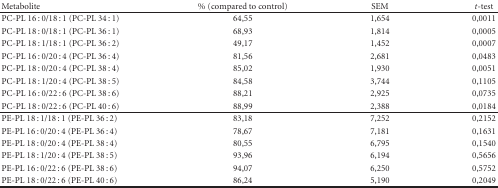
<table><thead><tr><td><b>Metabolite</b></td><td><b>% (compared to control)</b></td><td><b>SEM</b></td><td><b><i>t</i>-test</b></td></tr></thead><tbody><tr><td>PC-PL 16 : 0/18 : 1 (PC-PL 34 : 1)</td><td>64,55</td><td>1,654</td><td>0,0011</td></tr><tr><td>PC-PL 18 : 0/18 : 1 (PC-PL 36 : 1)</td><td>68,93</td><td>1,814</td><td>0,0005</td></tr><tr><td>PC-PL 18 : 1/18 : 1 (PC-PL 36 : 2)</td><td>49,17</td><td>1,452</td><td>0,0007</td></tr><tr><td>PC-PL 16 : 0/20 : 4 (PC-PL 36 : 4)</td><td>81,56</td><td>2,681</td><td>0,0483</td></tr><tr><td>PC-PL 18 : 0/20 : 4 (PC-PL 38 : 4)</td><td>85,02</td><td>1,930</td><td>0,0051</td></tr><tr><td>PC-PL 18 : 1/20 : 4 (PC-PL 38 : 5)</td><td>84,58</td><td>3,744</td><td>0,1105</td></tr><tr><td>PC-PL 16 : 0/22 : 6 (PC-PL 38 : 6)</td><td>88,21</td><td>2,925</td><td>0,0735</td></tr><tr><td>PC-PL 18 : 0/22 : 6 (PC-PL 40 : 6)</td><td>88,99</td><td>2,388</td><td>0,0184</td></tr><tr><td>PE-PL 18 : 1/18 : 1 (PE-PL 36 : 2)</td><td>83,18</td><td>7,252</td><td>0,2152</td></tr><tr><td>PE-PL 16 : 0/20 : 4 (PE-PL 36 : 4)</td><td>78,67</td><td>7,181</td><td>0,1631</td></tr><tr><td>PE-PL 18 : 0/20 : 4 (PE-PL 38 : 4)</td><td>80,55</td><td>6,795</td><td>0,1540</td></tr><tr><td>PE-PL 18 : 1/20 : 4 (PE-PL 38 : 5)</td><td>93,96</td><td>6,194</td><td>0,5656</td></tr><tr><td>PE-PL 16 : 0/22 : 6 (PE-PL 38 : 6)</td><td>94,07</td><td>6,250</td><td>0,5752</td></tr><tr><td>PE-PL 18 : 0/22 : 6 (PE-PL 40 : 6)</td><td>86,24</td><td>5,190</td><td>0,2049</td></tr></tbody></table>